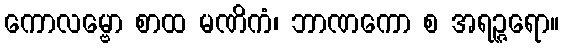
ကောလမ္ဗော စာထ မဏိကံ၊ ဘာဏကော စ အရဉ္ဇရော။